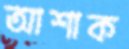
আশাক